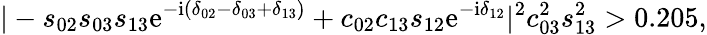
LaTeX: |-s_{02}s_{03}s_{13}\mathrm{e}^{-\mathrm{i}(\delta_{02}-\delta_{03}+\delta_{13})}+c_{02}c_{13}s_{12}\mathrm{e}^{-\mathrm{i}\delta_{12}}|^{2}c_{03}^{2}s_{13}^{2}>0.205,